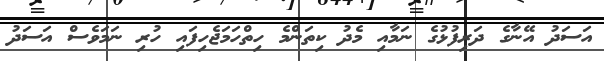
އަސަދު އޭނާގެ ދަރިފުޅުގެ ނަމާއި މެދު ކިތަންމެ ހިތްހަމަޖެހިފައި ހުރި ނަމަވެސް އަސަދު